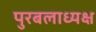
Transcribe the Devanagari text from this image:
पुरबलाध्यक्ष